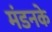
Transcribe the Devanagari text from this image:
मंडनके